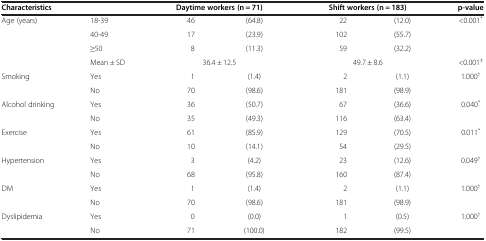
<table><thead><tr><td colspan="2"><b>Characteristics</b></td><td colspan="2"><b>Daytime workers (n = 71)</b></td><td colspan="2"><b>Shift workers (n = 183)</b></td><td><b>p-value</b></td></tr></thead><tbody><tr><td>Age (years)</td><td>18-39</td><td>46</td><td>(64.8)</td><td>22</td><td>(12.0)</td><td>&lt;0.001<sup>*</sup></td></tr><tr><td> </td><td>40-49</td><td>17</td><td>(23.9)</td><td>102</td><td>(55.7)</td><td> </td></tr><tr><td> </td><td>≥50</td><td>8</td><td>(11.3)</td><td>59</td><td>(32.2)</td><td> </td></tr><tr><td> </td><td>Mean ± SD</td><td colspan="2">36.4 ± 12.5</td><td colspan="2">49.7 ± 8.6</td><td>&lt;0.001<sup>‡</sup></td></tr><tr><td>Smoking</td><td>Yes</td><td>1</td><td>(1.4)</td><td>2</td><td>(1.1)</td><td>1.000<sup>†</sup></td></tr><tr><td> </td><td>No</td><td>70</td><td>(98.6)</td><td>181</td><td>(98.9)</td><td> </td></tr><tr><td>Alcohol drinking</td><td>Yes</td><td>36</td><td>(50.7)</td><td>67</td><td>(36.6)</td><td>0.040<sup>*</sup></td></tr><tr><td> </td><td>No</td><td>35</td><td>(49.3)</td><td>116</td><td>(63.4)</td><td> </td></tr><tr><td>Exercise</td><td>Yes</td><td>61</td><td>(85.9)</td><td>129</td><td>(70.5)</td><td>0.011<sup>*</sup></td></tr><tr><td> </td><td>No</td><td>10</td><td>(14.1)</td><td>54</td><td>(29.5)</td><td> </td></tr><tr><td>Hypertension</td><td>Yes</td><td>3</td><td>(4.2)</td><td>23</td><td>(12.6)</td><td>0.049<sup>†</sup></td></tr><tr><td> </td><td>No</td><td>68</td><td>(95.8)</td><td>160</td><td>(87.4)</td><td> </td></tr><tr><td>DM</td><td>Yes</td><td>1</td><td>(1.4)</td><td>2</td><td>(1.1)</td><td>1.000<sup>†</sup></td></tr><tr><td> </td><td>No</td><td>70</td><td>(98.6)</td><td>181</td><td>(98.9)</td><td> </td></tr><tr><td>Dyslipidemia</td><td>Yes</td><td>0</td><td>(0.0)</td><td>1</td><td>(0.5)</td><td>1.000<sup>†</sup></td></tr><tr><td> </td><td>No</td><td>71</td><td>(100.0)</td><td>182</td><td>(99.5)</td><td> </td></tr></tbody></table>